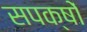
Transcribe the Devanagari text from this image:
सपक्षों